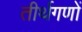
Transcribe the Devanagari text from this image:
तीर्थगणों